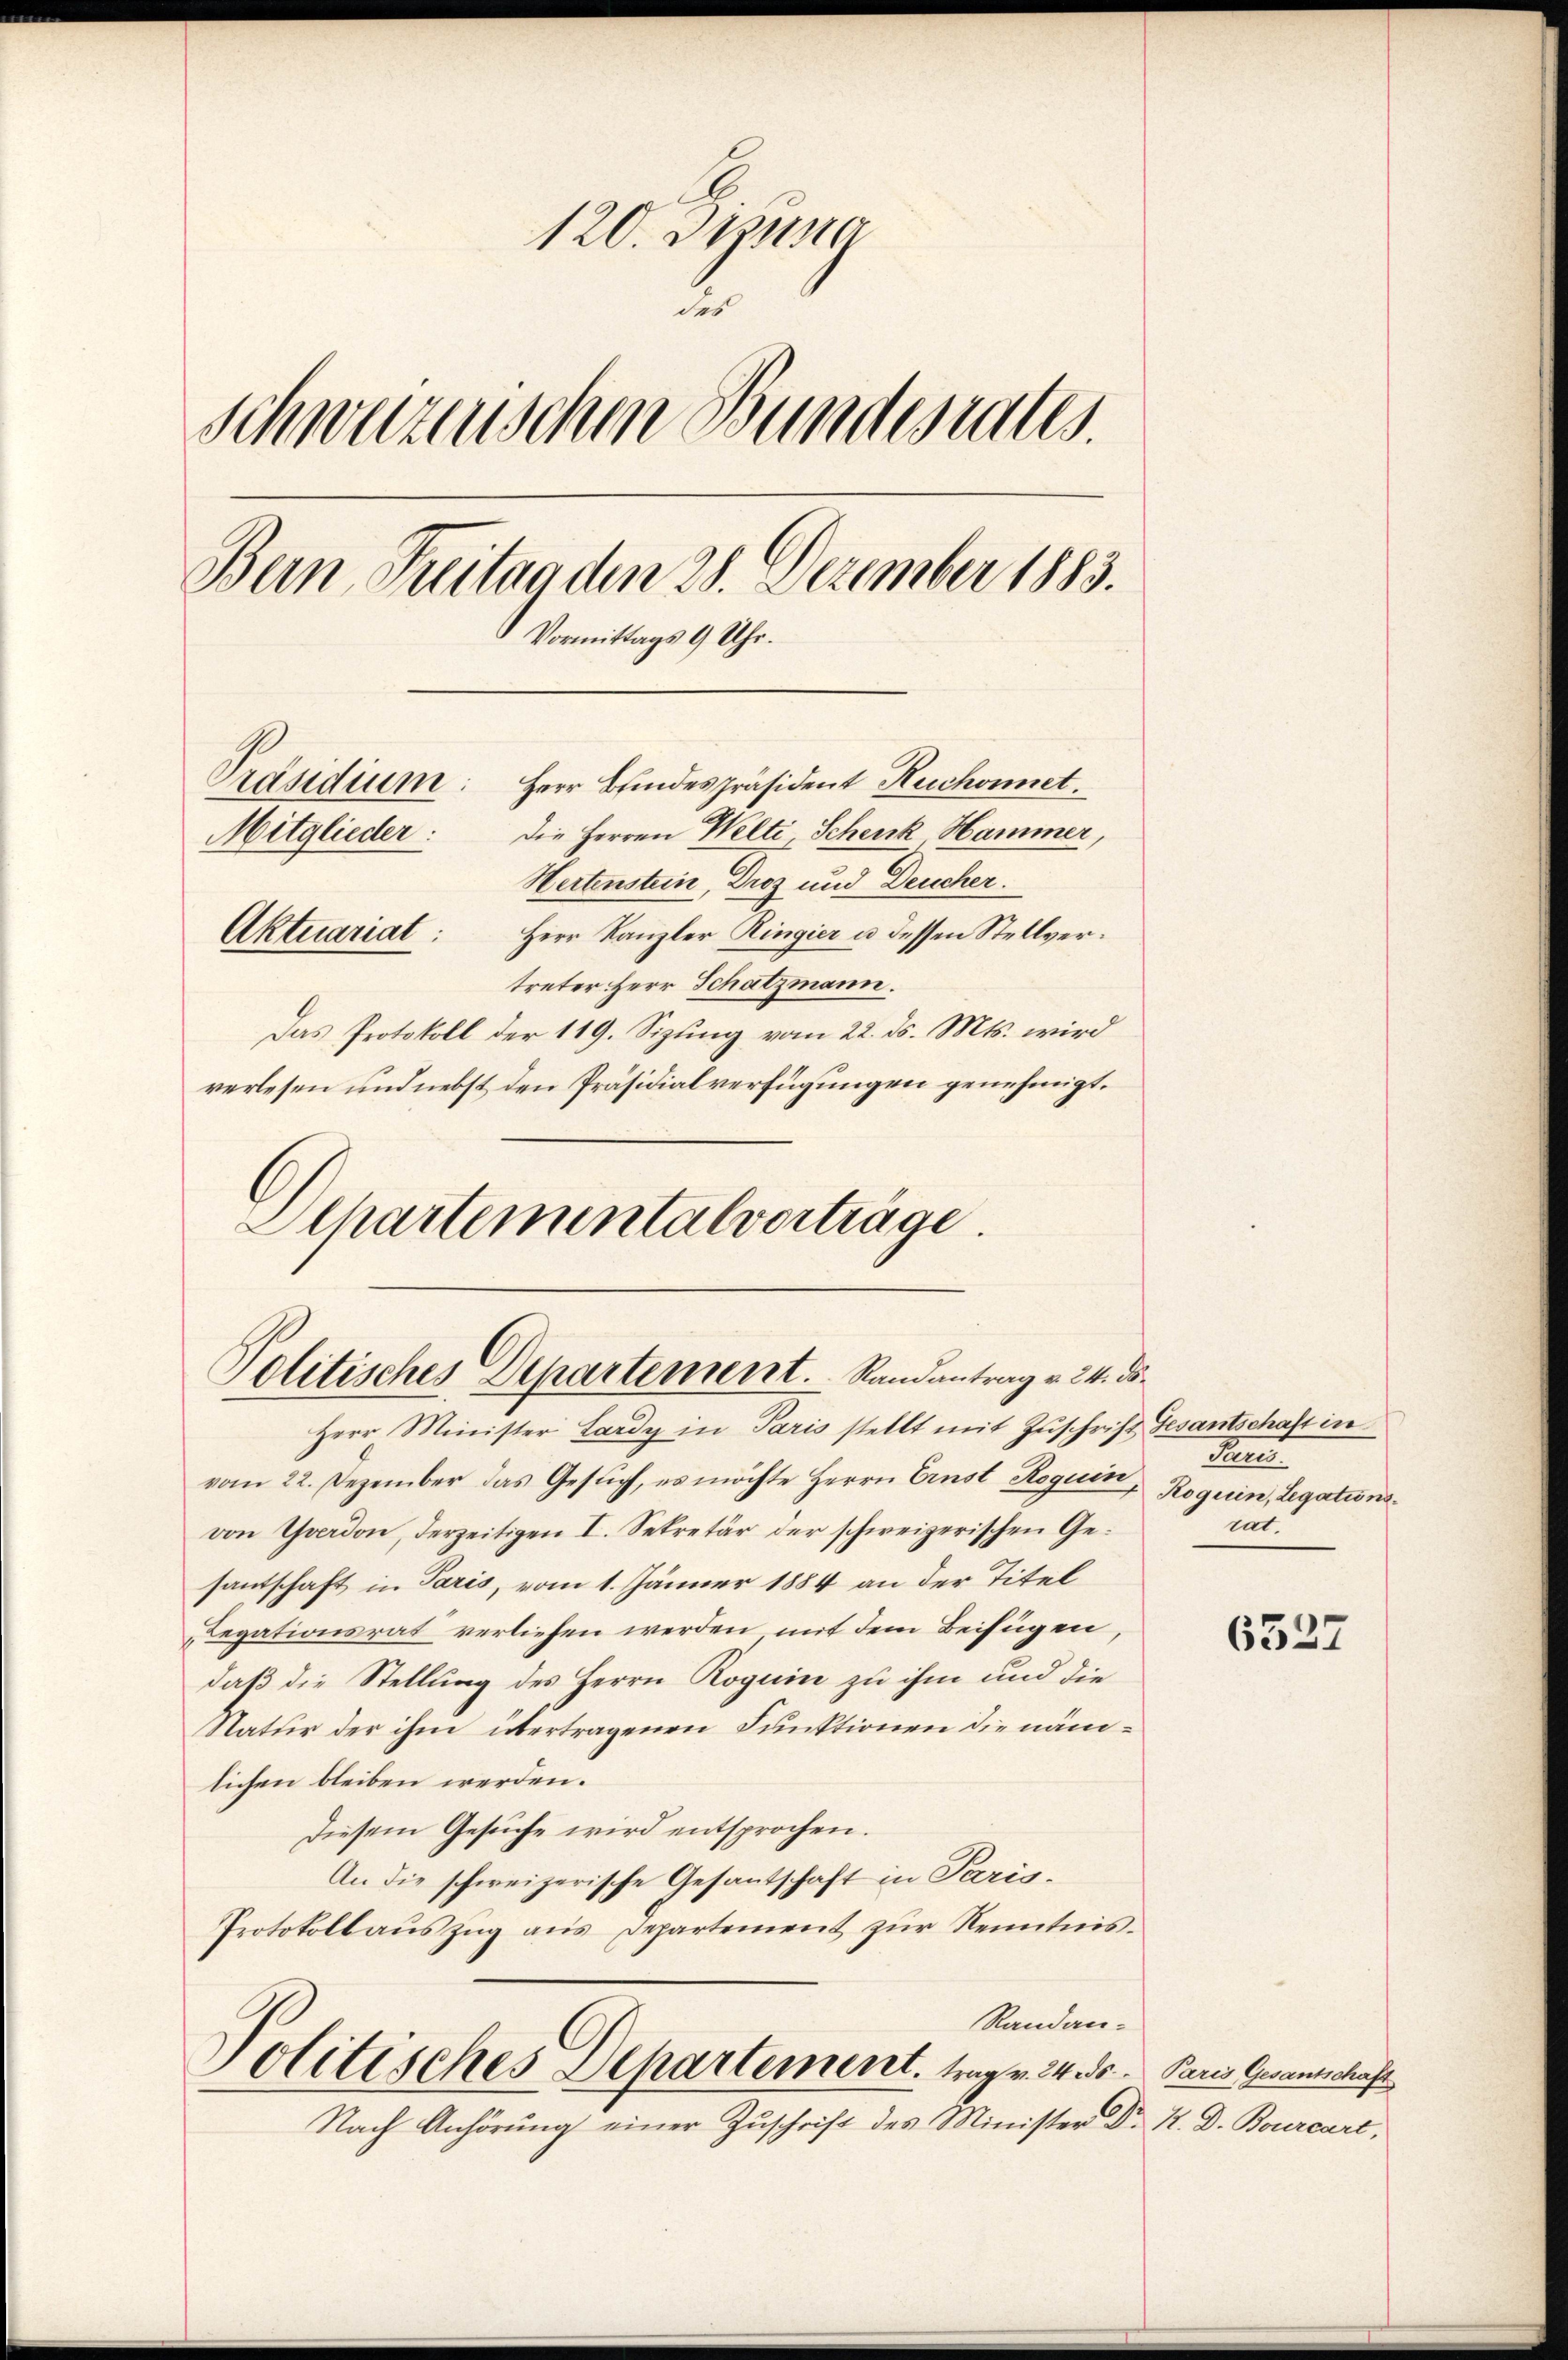
120. Dizung
des
schweizerischen Bundesrates.
Bern Freitag den 28. Dezember 1883.
Vormittags 9 Uhr.
Präsidium: Herr Bindespräsident Ruchonet
Die Herren Welti Schenk, Hammer,
Mitglieder:
Hertenstein, Droz und Deucher.
Aktuariat: Herr Kanzler Ringier u. dessen Stellvertreter Herr Schatzmann.
Das Protokoll der 119. Sizung vom 22. ds. Mts. wird
verlesen und nebst den Präsidialverfügungen genehmigt.

Departementalvorträge

Politisches Departement. Randantrag v. 24. ds.

Herr Minister Lardy in Paris stellt mit Zuschrift Gesantschaft in
vom 22. Dezember das Gesuch, es möchte Herrn Ernst Roguin, Roguin, Legationsvon Yverdon, derzeitigen I. Sekretär der schweizerischen Gesantschaft in Paris, vom 1. Jänner 1884 an der Titel
Legationsrat verliehen werden mit dem Beifügen,
daß die Stellung des Herrn Roguin zu ihm und die
Natter der ihm übertragenen Funktionen die nämlichen bleiben werden.
Diesem Gesuche wird entsprochen.
An die schweizerische Gesantschaft in Paris¬
Protokollaŭszŭg aŭs Departement zŭr Kenntnis-
Randan-
Politisches Departement. Mag. 24 de
Nach Anhörung einer Zŭschrift des Minister D.

Pand
rat.

6327

Paris Gesantschaft
K. D. Bourcart,